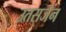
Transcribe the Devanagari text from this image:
उतसर्जन